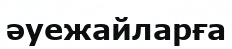
әуежайларға